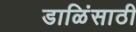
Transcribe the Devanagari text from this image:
डाळिंसाठी